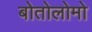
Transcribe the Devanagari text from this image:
बोतोलोमो